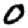
Digit: 0